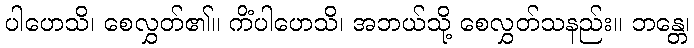
ပါဟေသိ၊ စေလွှတ်၏။ ကိံပါဟေသိ၊ အဘယ်သို့ စေလွှတ်သနည်း။ ဘန္တေ၊